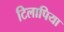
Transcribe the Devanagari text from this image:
टिलापिया